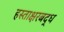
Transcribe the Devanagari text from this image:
हस्ताक्षरबद्ध